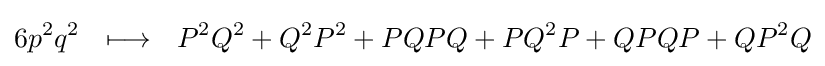
6p^{2}q^{2}~~\longmapsto ~~P^{2}Q^{2}+Q^{2}P^{2}+PQPQ+PQ^{2}P+QPQP+QP^{2}Q